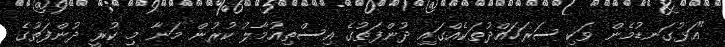
"އަޅުގަނޑުމެން ވަކި ސަރަހައްދުތަކެއްގައި ދުންފަތުގެ އިސްތިއުމާލު ކުރުން މަނާ މި ކުރީ ދުންފަތުގެ